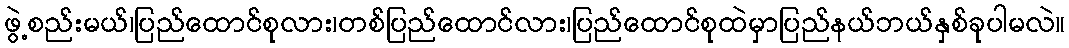
ဖွဲ့စည်းမယ်၊ပြည်ထောင်စုလား၊တစ်ပြည်ထောင်လား၊ပြည်ထောင်စုထဲမှာပြည်နယ်ဘယ်နှစ်ခုပါမလဲ။